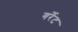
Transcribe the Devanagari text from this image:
गर्रेट